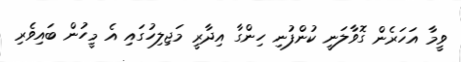
ވީމާ އަހަރެން ގޮވާލަނީ ކުންފުނި ހިންގާ އިދާރީ މަޖިލިހުގައި އެ މީހުން ބައިވެރި